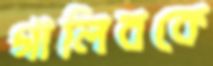
গালিবকে